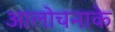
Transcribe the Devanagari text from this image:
आलोचनाके